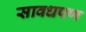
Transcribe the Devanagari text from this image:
सावधपण